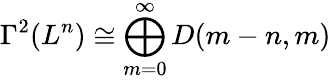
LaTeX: \Gamma^{2}(L^{n})\cong\bigoplus_{m=0}^{\infty}D(m-n,m)